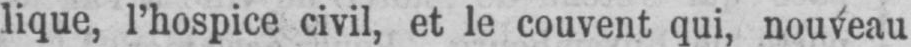
lique, l’hospice civil, et le couvent qui, nouveau